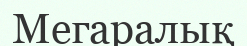
Мегаралық